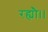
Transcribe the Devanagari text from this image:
रह्यौ।।